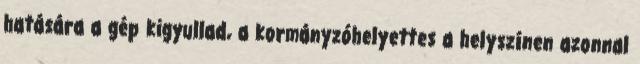
hatására a gép kigyullad, a kormányzóhelyettes a helyszínen azonnal